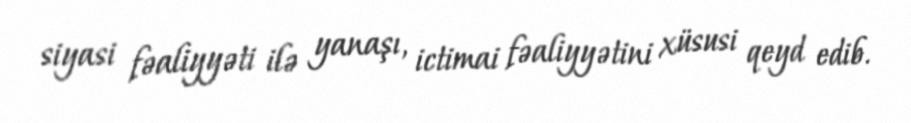
siyasi fəaliyyəti ilə yanaşı, ictimai fəaliyyətini xüsusi qeyd edib.